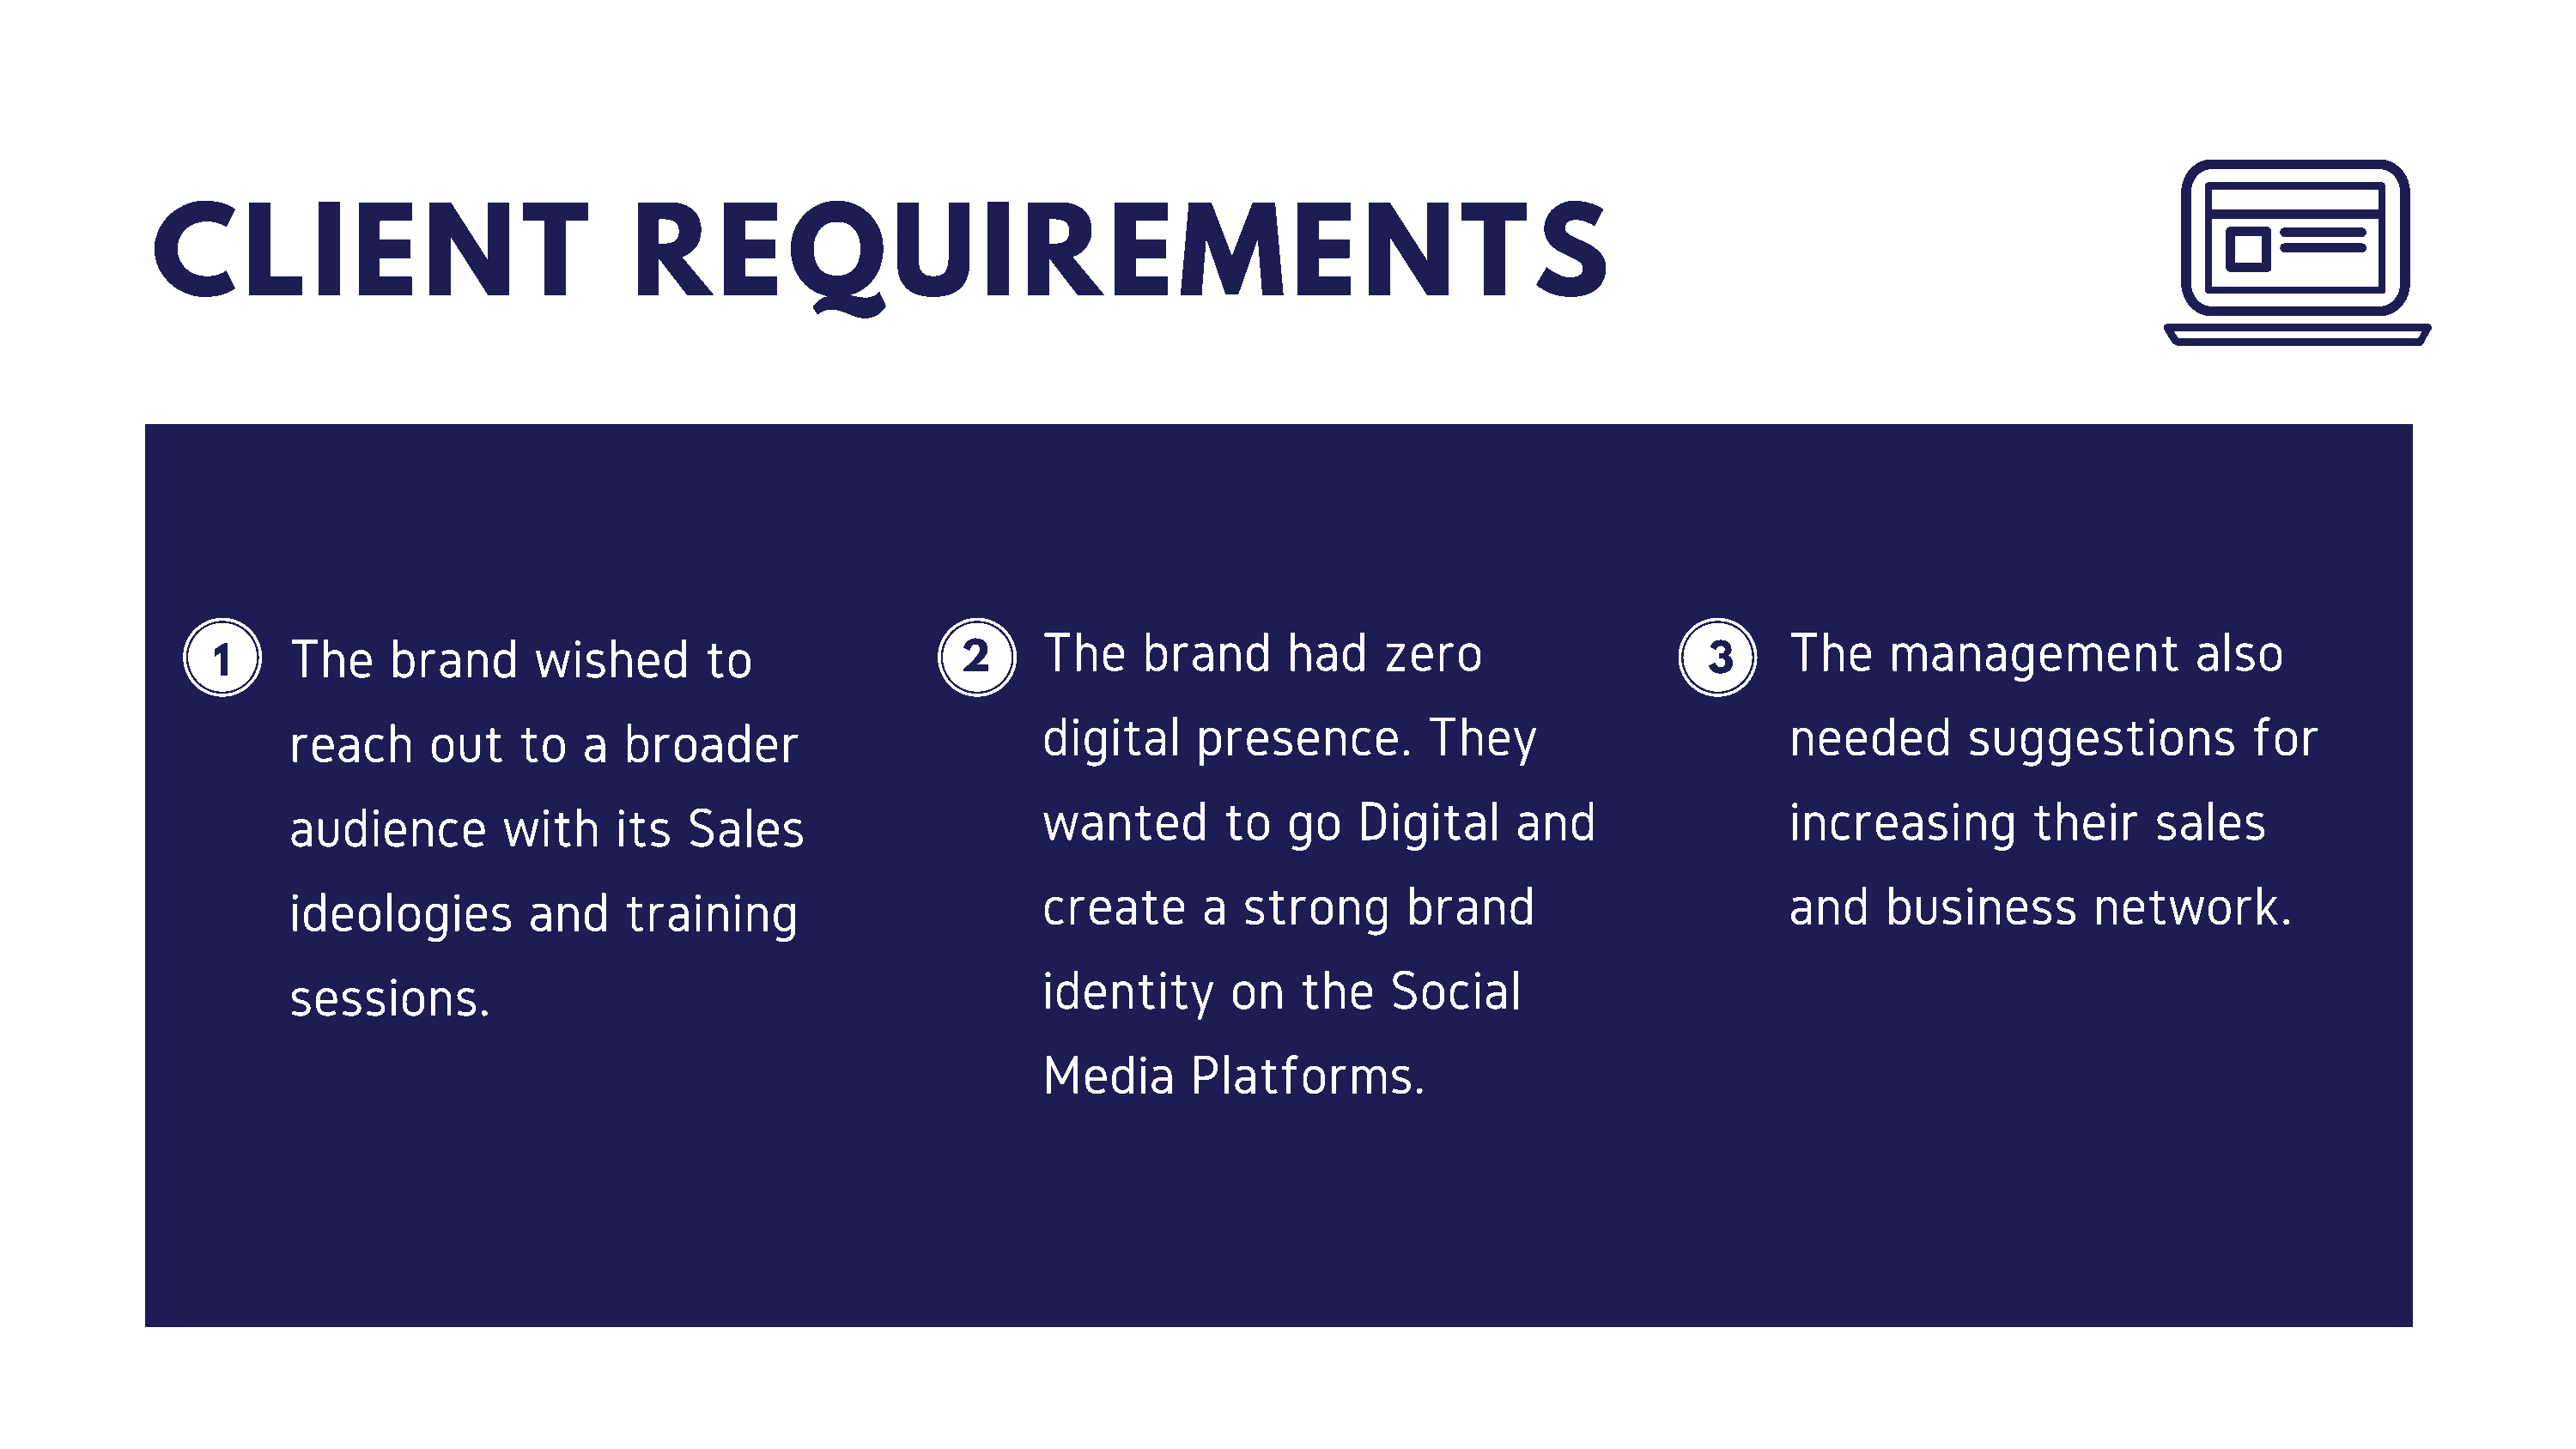
C      L    I  E     N      T        R     E     Q       U      I  R     E     M        E    N       T    S
 The     brand      had     zero                           The     management             also
 The     brand      wished       to
 1                                                         2                                                         3
 digital     presence.         They                        needed        suggestions           for
 reach      out    to   a  broader
 wanted        to   go    Digital     and                  increasing         their    sales
 audience         with    its   Sales
 create       a  strong      brand                         and    business        network.
 ideologies         and    training
 identity       on   the    Social
 sessions.
 Media       Platforms.